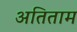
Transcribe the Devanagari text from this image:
अतिताम